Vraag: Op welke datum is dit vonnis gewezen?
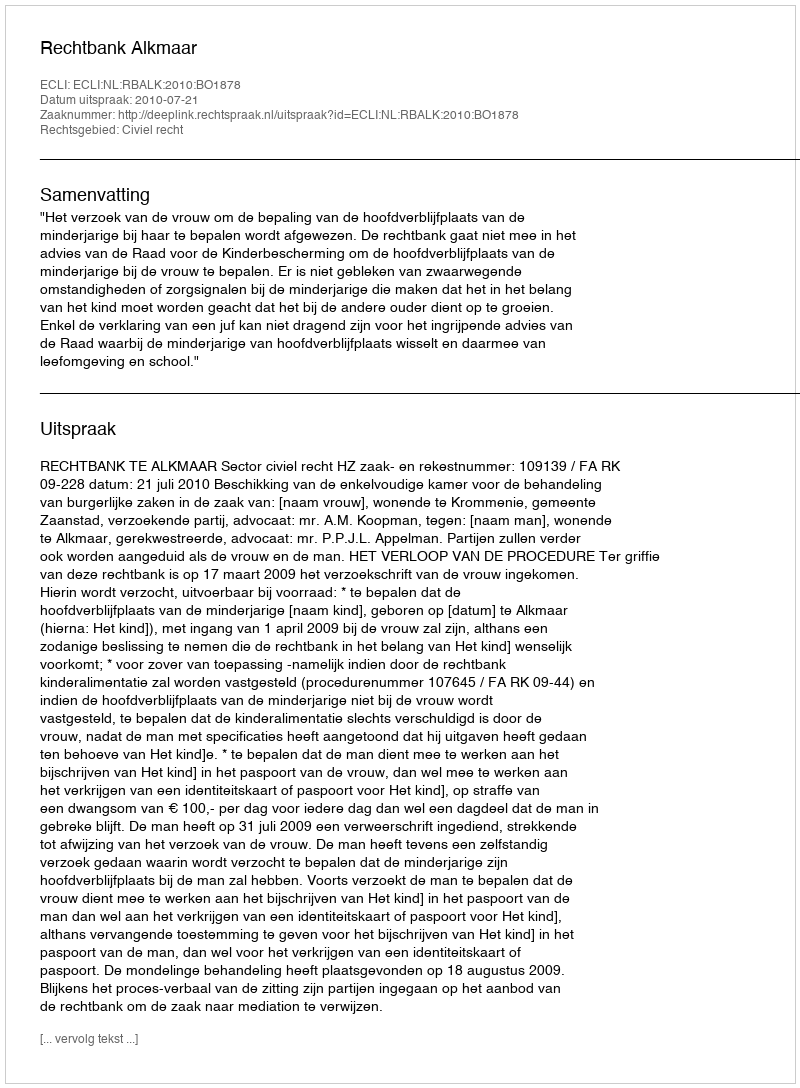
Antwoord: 2010-07-21